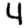
Digit: 4